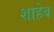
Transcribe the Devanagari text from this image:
शाहेब